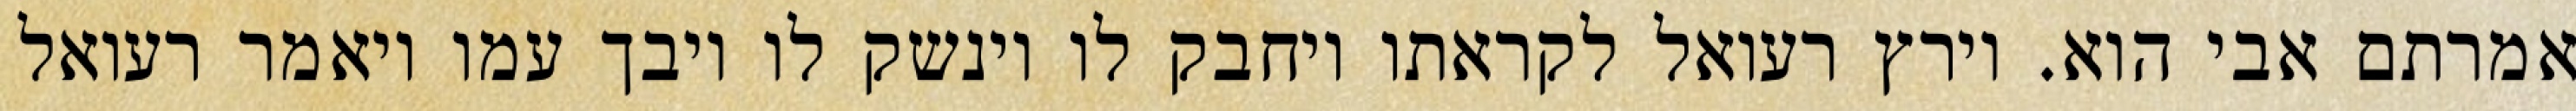
אמרתם אבי הוא. וירץ רעואל לקראתו ויחבק לו וינשק לו ויבך עמו ויאמר רעואל